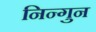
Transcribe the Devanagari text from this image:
निन्गुन